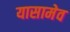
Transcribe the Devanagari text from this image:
यासामेव